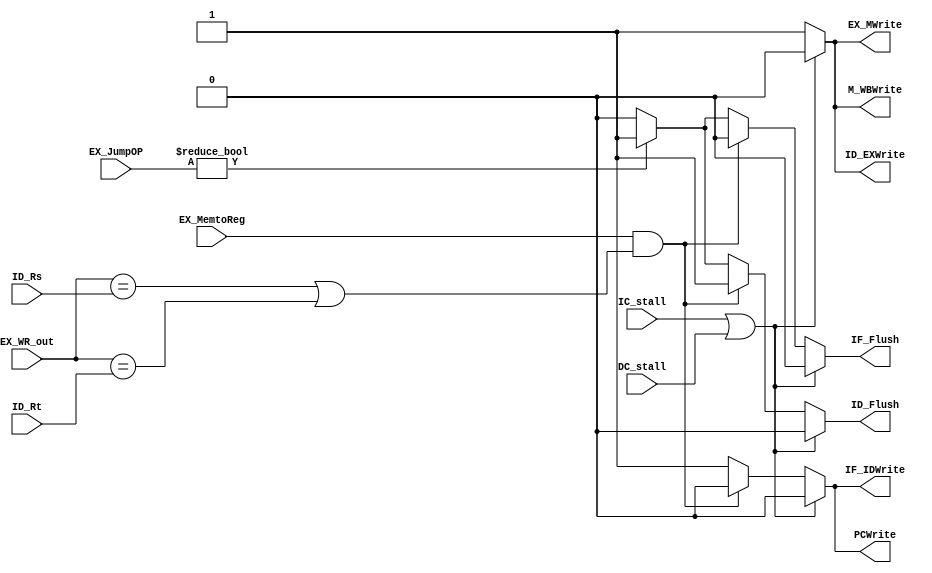
// Hazard Detection Unit

module HDU ( // input
			 ID_Rs,
             ID_Rt,
			 EX_WR_out,
			 EX_MemtoReg,
			 EX_JumpOP,
			 //cache stall
			 IC_stall,
			 DC_stall,
			 // output
			 // write your code in here
			 //Write
			 PCWrite,
			 IF_IDWrite,
			 ID_EXWrite,
			 EX_MWrite,
			 M_WBWrite,
			 //flush
			 IF_Flush,
			 ID_Flush
			 );

	parameter bit_size = 32;

	input [4:0] ID_Rs;
	input [4:0] ID_Rt;
	input [4:0] EX_WR_out;
	input EX_MemtoReg;
	input [1:0] EX_JumpOP;

	// write your code in here
	input IC_stall;
	input DC_stall;

	output PCWrite;
	output IF_IDWrite;
	output ID_EXWrite;
	output EX_MWrite;
	output M_WBWrite;
	output IF_Flush;
	output ID_Flush;

	reg PCWrite;
	reg IF_IDWrite;
	reg ID_EXWrite;
	reg EX_MWrite;
	reg M_WBWrite;
	reg IF_Flush;
	reg ID_Flush;

	always @(*)
	begin
		PCWrite		= 1;
		IF_IDWrite	= 1;
		ID_EXWrite	= 1;
		EX_MWrite	= 1;
		M_WBWrite	= 1;
		IF_Flush	= 0;
		ID_Flush	= 0;

		/*Branch*/
		if(EX_JumpOP != 0)//always no taken
		begin
			IF_Flush	= 1;
			ID_Flush	= 1;
		end
		/*load*/
		if((EX_MemtoReg == 1) && ((EX_WR_out == ID_Rs) || (EX_WR_out == ID_Rt)))//stall if need to write back
		begin
			PCWrite		= 0;
			IF_IDWrite	= 0;
			IF_Flush	= 0;
			ID_Flush	= 1;
		end
		/*IC or DC miss*/
		if (IC_stall == 1 || DC_stall == 1)
		begin
			PCWrite		= 0;
			IF_IDWrite	= 0;
			ID_EXWrite	= 0;
			EX_MWrite	= 0;
			M_WBWrite	= 0;
			IF_Flush	= 0;
			ID_Flush	= 0;
		end
	end
endmodule